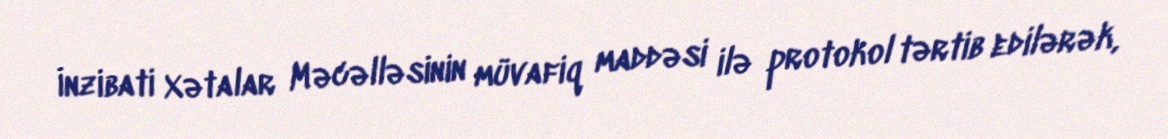
İnzibati Xətalar Məcəlləsinin müvafiq maddəsi ilə protokol tərtib edilərək,